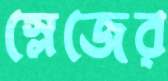
স্লেজের